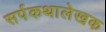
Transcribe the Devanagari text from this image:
सर्पकथालेखक